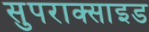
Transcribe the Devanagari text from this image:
सुपराक्साइड